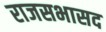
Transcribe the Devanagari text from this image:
राजसभासद